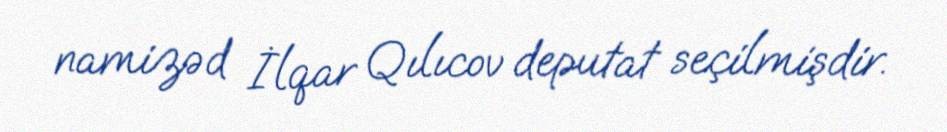
namizəd İlqar Qılıcov deputat seçilmişdir.